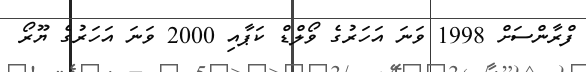
ފްރާންސަށް 1998 ވަނަ އަހަރުގެ ވޯލްޑް ކަޕާއި 2000 ވަނަ އަހަރުގެ ޔޫރޯ